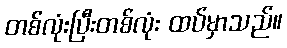
တစ်လုံးပြီးတစ်လုံး ထပ်မှာသည်။